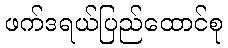
ဖက်ဒရယ်ပြည်ထောင်စု